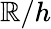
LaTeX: \mathbb{R}/h